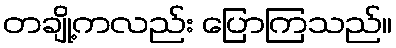
တချို့ကလည်း ပြောကြသည်။